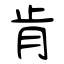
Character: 肯